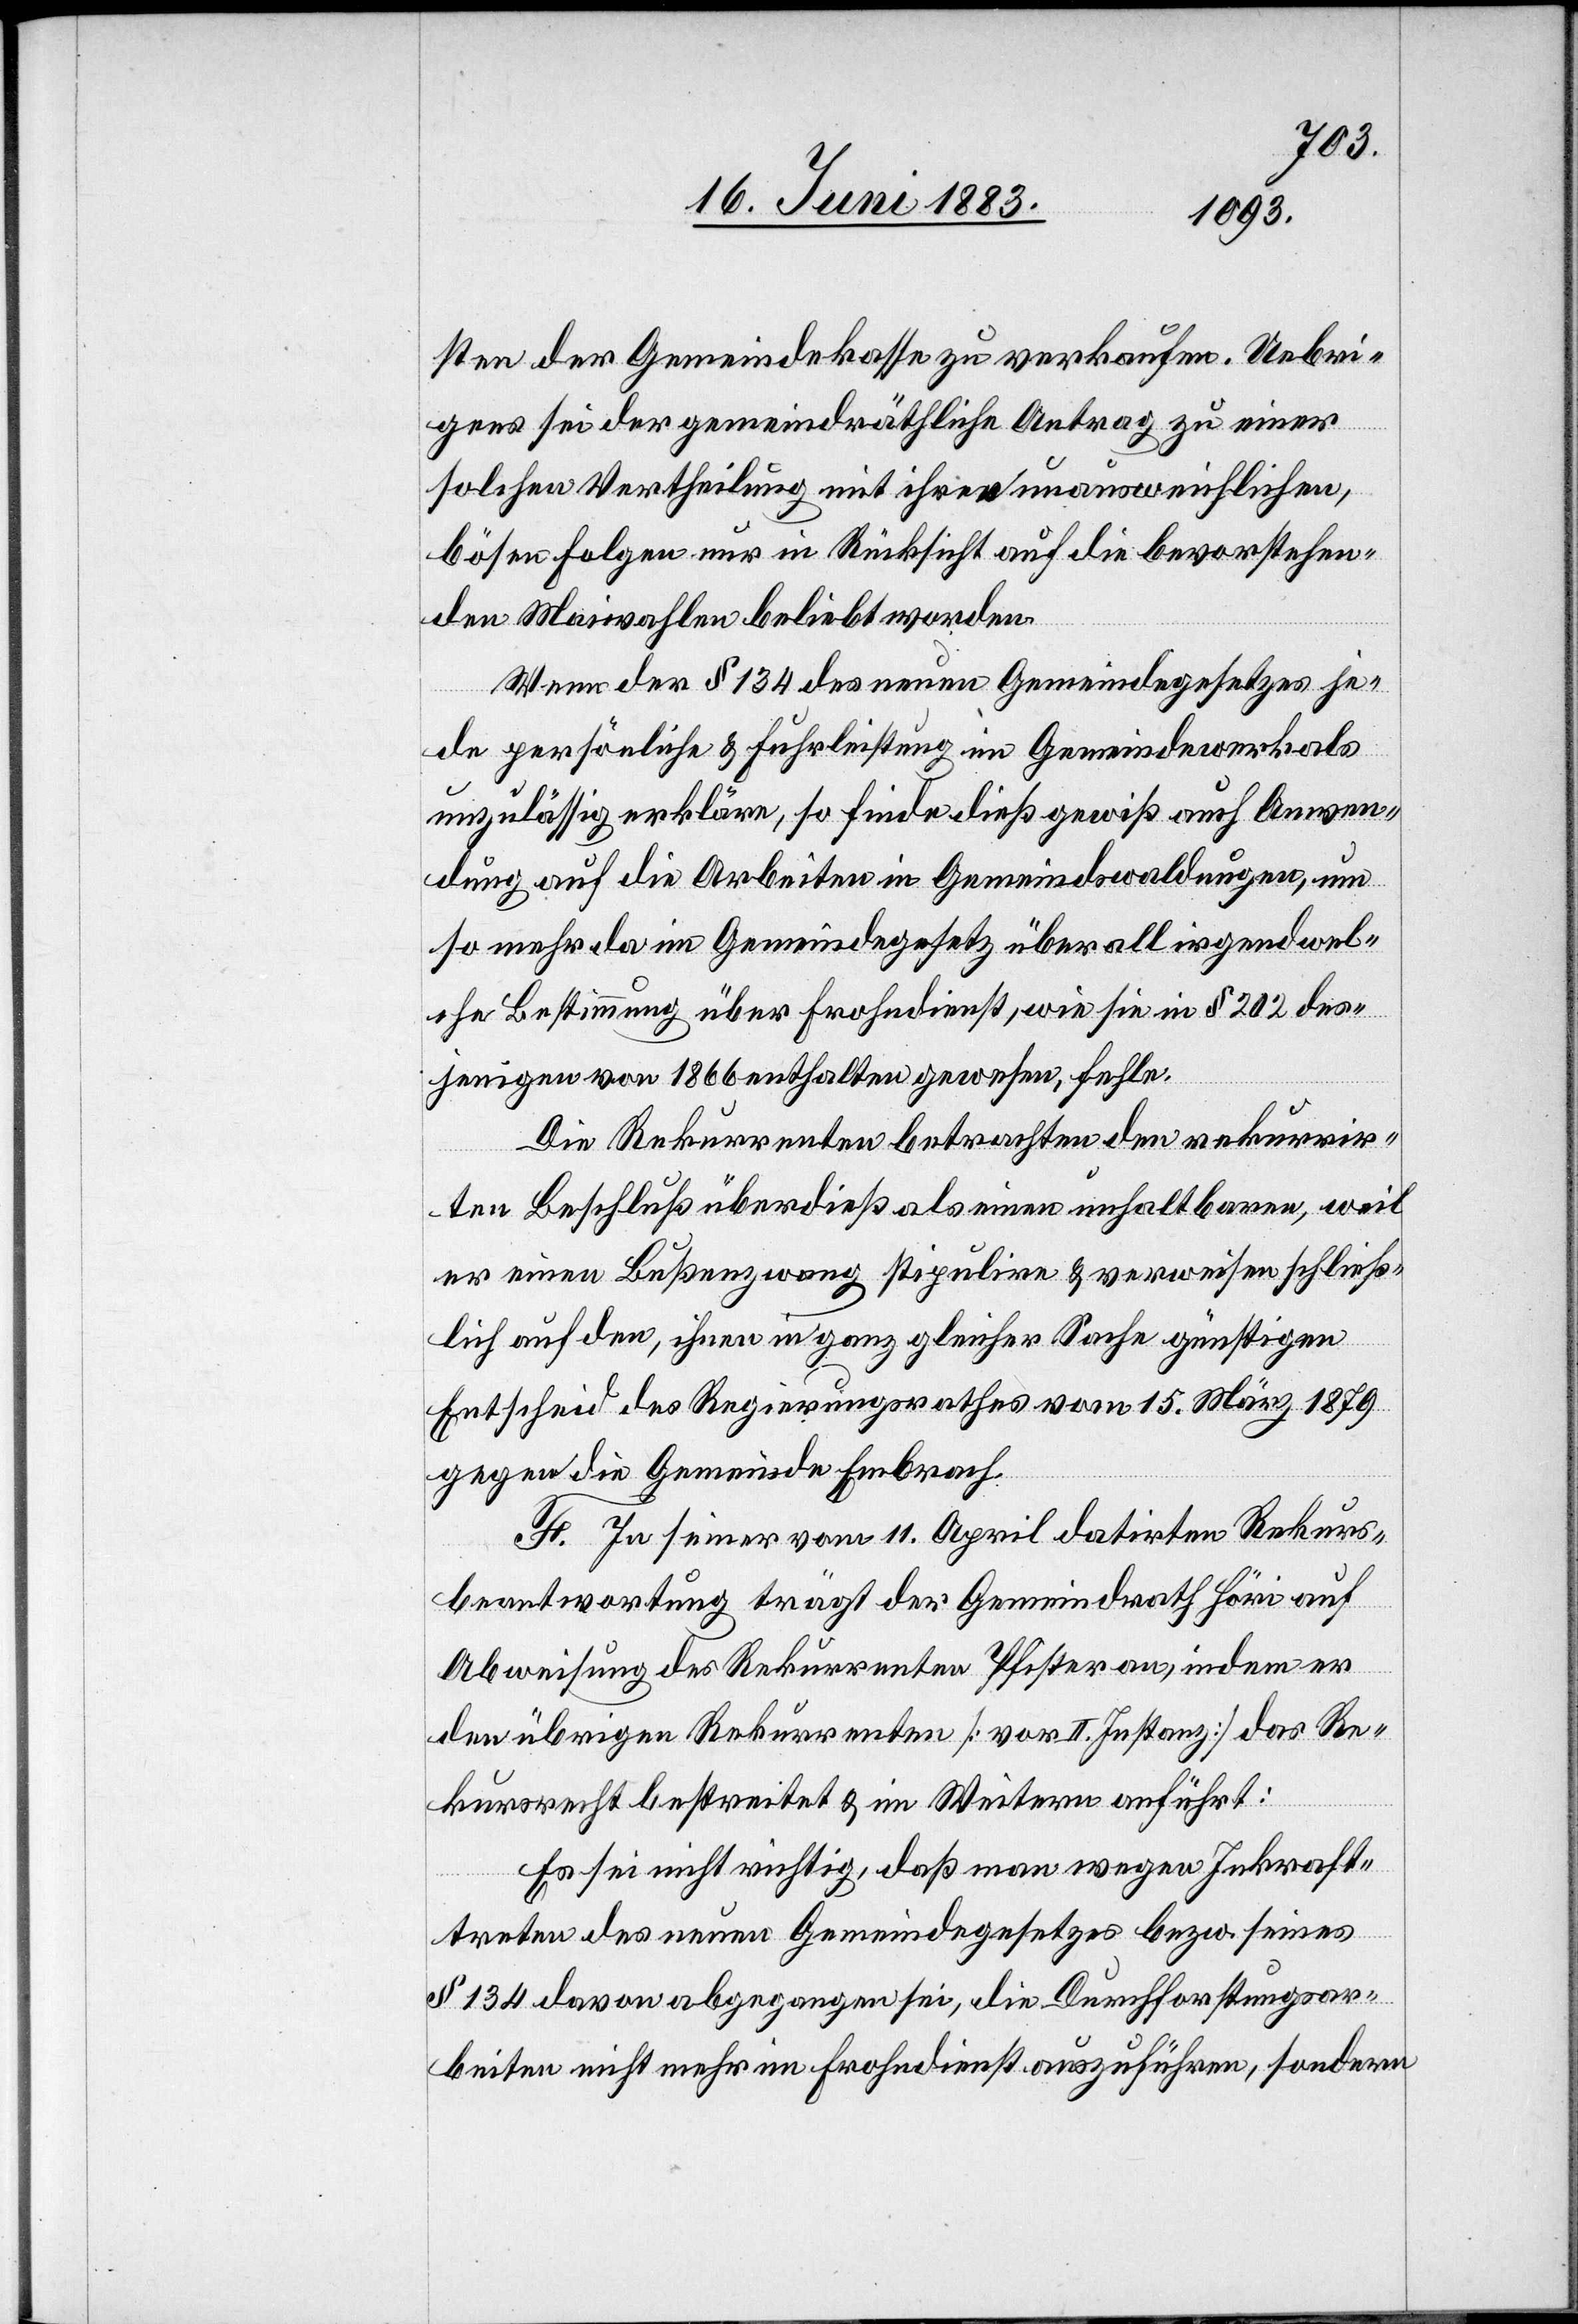
sten der Gemeindekasse zu verkaufen. Uebri¬
gens sei der gemeindräthliche Antrag zu einer
solchen Vertheilung mit ihren unausweislichen,
bösen Folgen nur in Rücksicht auf die bevorstehen¬
den Maiwahlen beliebt worden.
Wenn der § 134 des neuen Gemeindegesetzes jede
unzulässig erkläre, so finde dieß gewiß auch Anwen¬
dung auf die Arbeiten in Gemeindswaldungen, um
so mehr da im Gemeindegesetz überall irgendwel¬
che Bestimmung über Frohndienst, wie sie in § 202 des¬
jenigen von 1866 enthalten gewesen, fehle.
Die Rekurrenten betrachten den rekurrir¬
ten Beschluß überdieß als eine unhaltbaren, weil
er einen Bußenzwang stipulire & verweisen schließ¬
lich auf den, ihnen in ganz gleicher Sache günstigen
Entscheid des Regierungsrathes vom 15. März 1879
gegen die Gemeinde Embrach.
F. In seiner vom 11. April datirten Rekurs¬
beantwortung trägt der Gemeindrath Höri auf
Abweisung des Rekurrenten Pfister an, indem er
den übrigen Rekurrenten [vor II. Instanz] das Re¬
kursrecht bestreitet & im Weitern anführt:
Es sei nicht richtig, daß man wegen Inkraft¬
treten des neuen Gemeindegesetzes bezw. seines
§ 134 davon abgegangen sei, die Durchforstungsar¬
beiten nicht mehr im Frohndienst auszuführen, sondern